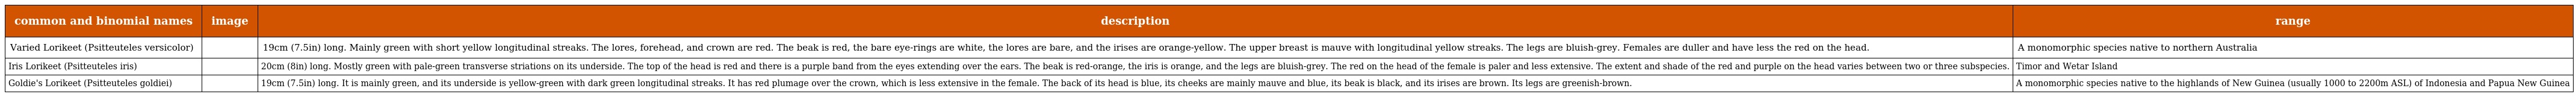
| common and binomial names | image | description | range |
 | --- | --- | --- | --- |
 | Varied Lorikeet (Psitteuteles versicolor) |  | 19cm (7.5in) long. Mainly green with short yellow longitudinal streaks. The lores, forehead, and crown are red. The beak is red, the bare eye-rings are white, the lores are bare, and the irises are orange-yellow. The upper breast is mauve with longitudinal yellow streaks. The legs are bluish-grey. Females are duller and have less the red on the head. | A monomorphic species native to northern Australia |
 | Iris Lorikeet (Psitteuteles iris) |  | 20cm (8in) long. Mostly green with pale-green transverse striations on its underside. The top of the head is red and there is a purple band from the eyes extending over the ears. The beak is red-orange, the iris is orange, and the legs are bluish-grey. The red on the head of the female is paler and less extensive. The extent and shade of the red and purple on the head varies between two or three subspecies. | Timor and Wetar Island |
 | Goldie's Lorikeet (Psitteuteles goldiei) |  | 19cm (7.5in) long. It is mainly green, and its underside is yellow-green with dark green longitudinal streaks. It has red plumage over the crown, which is less extensive in the female. The back of its head is blue, its cheeks are mainly mauve and blue, its beak is black, and its irises are brown. Its legs are greenish-brown. | A monomorphic species native to the highlands of New Guinea (usually 1000 to 2200m ASL) of Indonesia and Papua New Guinea |